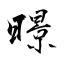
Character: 暻